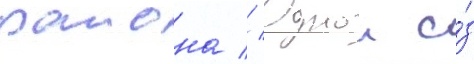
раиона // Однои и́з